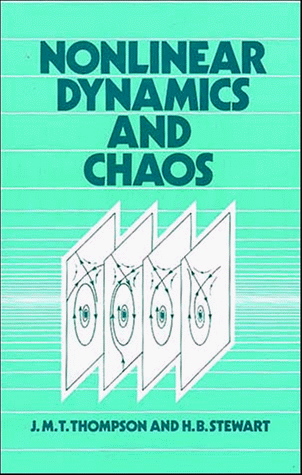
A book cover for Nonlinear Dynamics and Chaos: Geometrical Methods for Engineers and Scientists; J. M. T. Thompson; Science & Math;